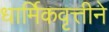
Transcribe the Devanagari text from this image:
धार्मिकवृत्तीने